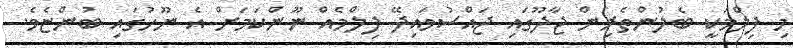
މި ފިލްމަކީ ބެލުންތެރިން ޖާދޫގައި ޖައްސުވައިދޭ ފިލްމެއް ނޫންކަމަށް އެ ނޫހުގައި ބުންޏެވެ.